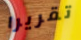
تقريرا